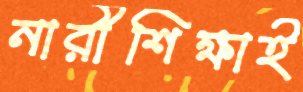
নারীশিক্ষাই